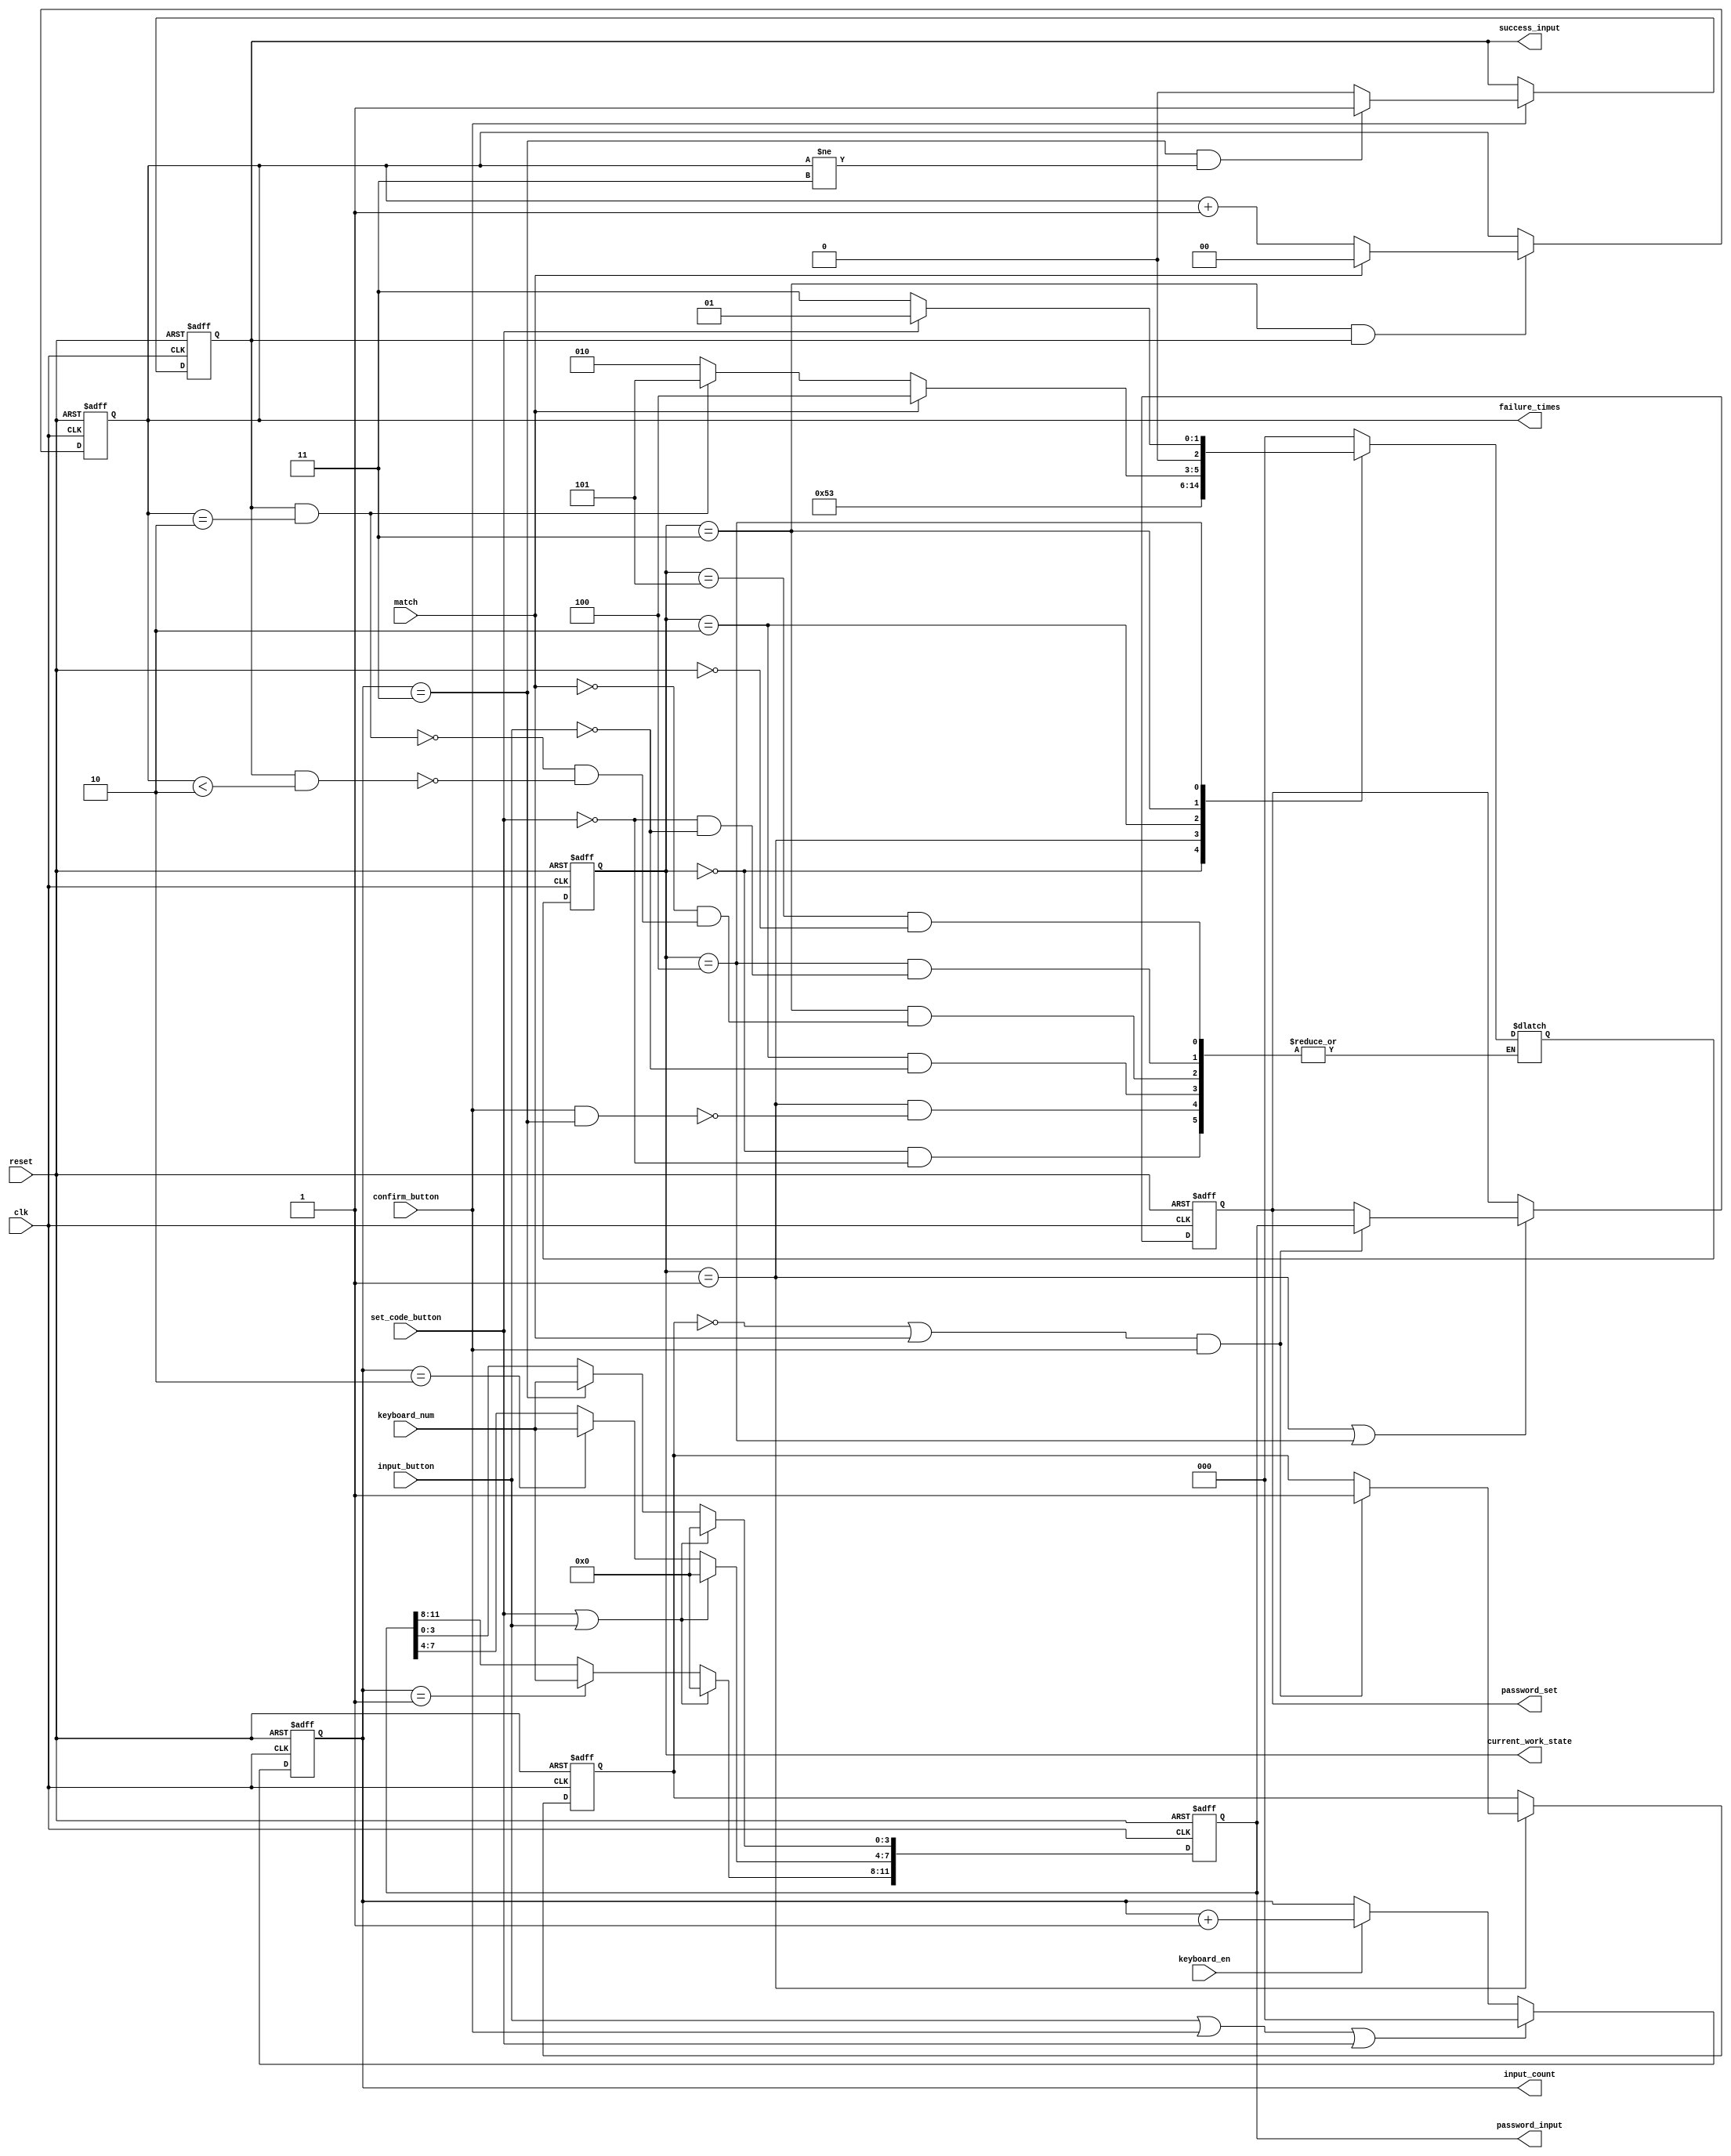
module memorize(
    input  wire       clk,
    input  wire       reset,
    input  wire      set_code_button,   //
    input  wire       confirm_button,       //
    input  wire       input_button,         //
    input wire        keyboard_en,   //keyboard
    input wire  [3:0] keyboard_num,  //
    output reg [11:0]password_set,   //=
    output reg [11:0]password_input,  //
    output reg [1:0]failure_times,   //
    output reg        success_input, //
    output reg [2:0]input_count,    //
    output reg [2:0] current_work_state, //
    input wire        match        //
);
//working state machine
parameter IDLE = 3'b000;            //
parameter seting_code =  3'b001;    //
parameter setcode_finish =  3'b010; //
parameter inputing_password =  3'b011;//
parameter match_success = 3'b100;       //
parameter freezed = 3'b101;             //
reg [2:0] next_work_state;
always @(posedge clk or posedge reset) begin
    if(reset) current_work_state <=IDLE;
    else        current_work_state <= next_work_state;
end
//
always @(*) begin
    if(reset) next_work_state <=IDLE;
    case (current_work_state)
         IDLE : if(set_code_button) next_work_state <= seting_code;
               else next_work_state<=next_work_state;
         seting_code : if(confirm_button&input_count==3) next_work_state <= setcode_finish;
            else next_work_state<=next_work_state;
         setcode_finish : if(input_button) next_work_state <= inputing_password;
            else next_work_state<=next_work_state;
         inputing_password : if(match) next_work_state <= match_success;
            else if(success_input&failure_times==2) next_work_state <= freezed;
            else if(success_input&failure_times<2)next_work_state <= setcode_finish;
            else next_work_state<=next_work_state;
         match_success : if(set_code_button) next_work_state<=seting_code;
            else if(input_button) next_work_state<=inputing_password;
            else next_work_state<=next_work_state;
         freezed : if(reset) next_work_state<=IDLE;
            else next_work_state<=next_work_state;
         default:next_work_state <= IDLE;
    endcase
end
//
always @(posedge clk or posedge reset) begin
    if(reset) failure_times<=0;
    else if(current_work_state==inputing_password &success_input )begin
        if(match) failure_times<=0;
        else failure_times<=failure_times + 2'b01;
    end
end
reg setcode;//
//deal with input and memorize
always @(posedge clk or posedge reset) begin
    if(reset) setcode<=1'b0;
    else if(current_work_state==seting_code)
        begin
            if((~setcode | match) & confirm_button)begin
            setcode <=1'b1;
            end
        end
end
//
always @ (posedge clk or posedge reset) begin
    if(reset)   input_count<=0;
    else begin
        if(input_button|confirm_button|set_code_button) input_count<=0;
        else if(keyboard_en)begin
            input_count <=input_count+ 1;
        end
    end
end
//
always @ (posedge clk or posedge reset) begin
    if(reset) password_input<=0;
    else begin
    if(set_code_button|input_button) password_input<=0; //
    else begin
            case(input_count)
            3'b001 : password_input[11:8]<= keyboard_num;
            3'b010 : password_input[7:4] <= keyboard_num;
            3'b011 : password_input[3:0] <= keyboard_num;
            default: password_input <= password_input;
            endcase
          end
    end
end
//
always @ (posedge clk or posedge reset) begin
    if(reset)   password_set<=0;
    else begin
        if(current_work_state==seting_code| current_work_state==match_success)
        begin
            if((~setcode | match) & confirm_button)begin
            password_set <=password_input;
            end
        end
    end
end

//
always @(posedge clk or posedge reset) begin
    if(reset) success_input<=0 ;
    else if (confirm_button )begin
        if(input_count ==3'b011 &(failure_times!=2'b11))
        success_input<=1'b1;
        else success_input<=1'b0;
    end
end

endmodule